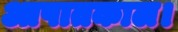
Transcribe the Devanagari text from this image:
आपातकाल।